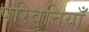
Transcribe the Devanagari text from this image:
परिवृत्तियाँ